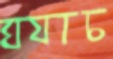
ঘ্যাচ